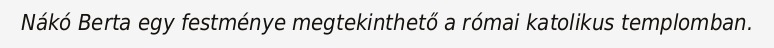
Nákó Berta egy festménye megtekinthető a római katolikus templomban.